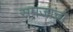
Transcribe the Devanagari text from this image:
समजाचा